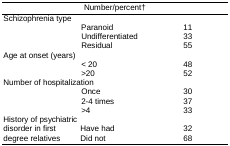
<table><thead><tr><td colspan="3"><b>Number/percent†</b></td></tr></thead><tbody><tr><td>Schizophrenia type </td><td></td><td></td></tr><tr><td></td><td>Paranoid</td><td>11</td></tr><tr><td></td><td>Undifferentiated</td><td>33</td></tr><tr><td></td><td>Residual</td><td>55</td></tr><tr><td>Age at onset (years)</td><td></td><td></td></tr><tr><td></td><td>&lt; 20</td><td>48</td></tr><tr><td></td><td>&gt;20</td><td>52</td></tr><tr><td>Number of hospitalization </td><td></td><td></td></tr><tr><td></td><td>Once</td><td>30</td></tr><tr><td></td><td>2-4 times</td><td>37</td></tr><tr><td></td><td>&gt;4</td><td>33</td></tr><tr><td>History of psychiatric </td><td></td><td></td></tr><tr><td>disorder in first </td><td>Have had</td><td>32</td></tr><tr><td>degree relatives</td><td>Did not</td><td>68</td></tr></tbody></table>